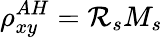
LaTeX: \rho_{xy}^{AH}=\mathcal{R}_{s}M_{s}